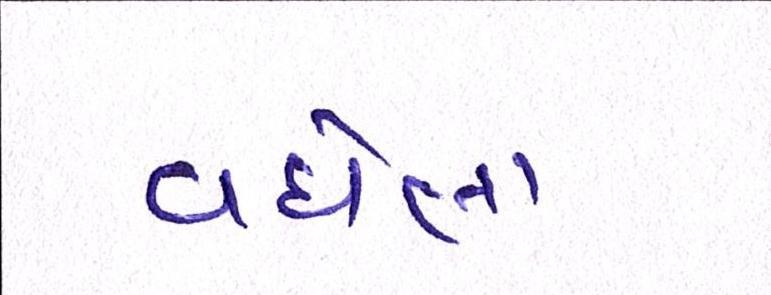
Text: વધેલા